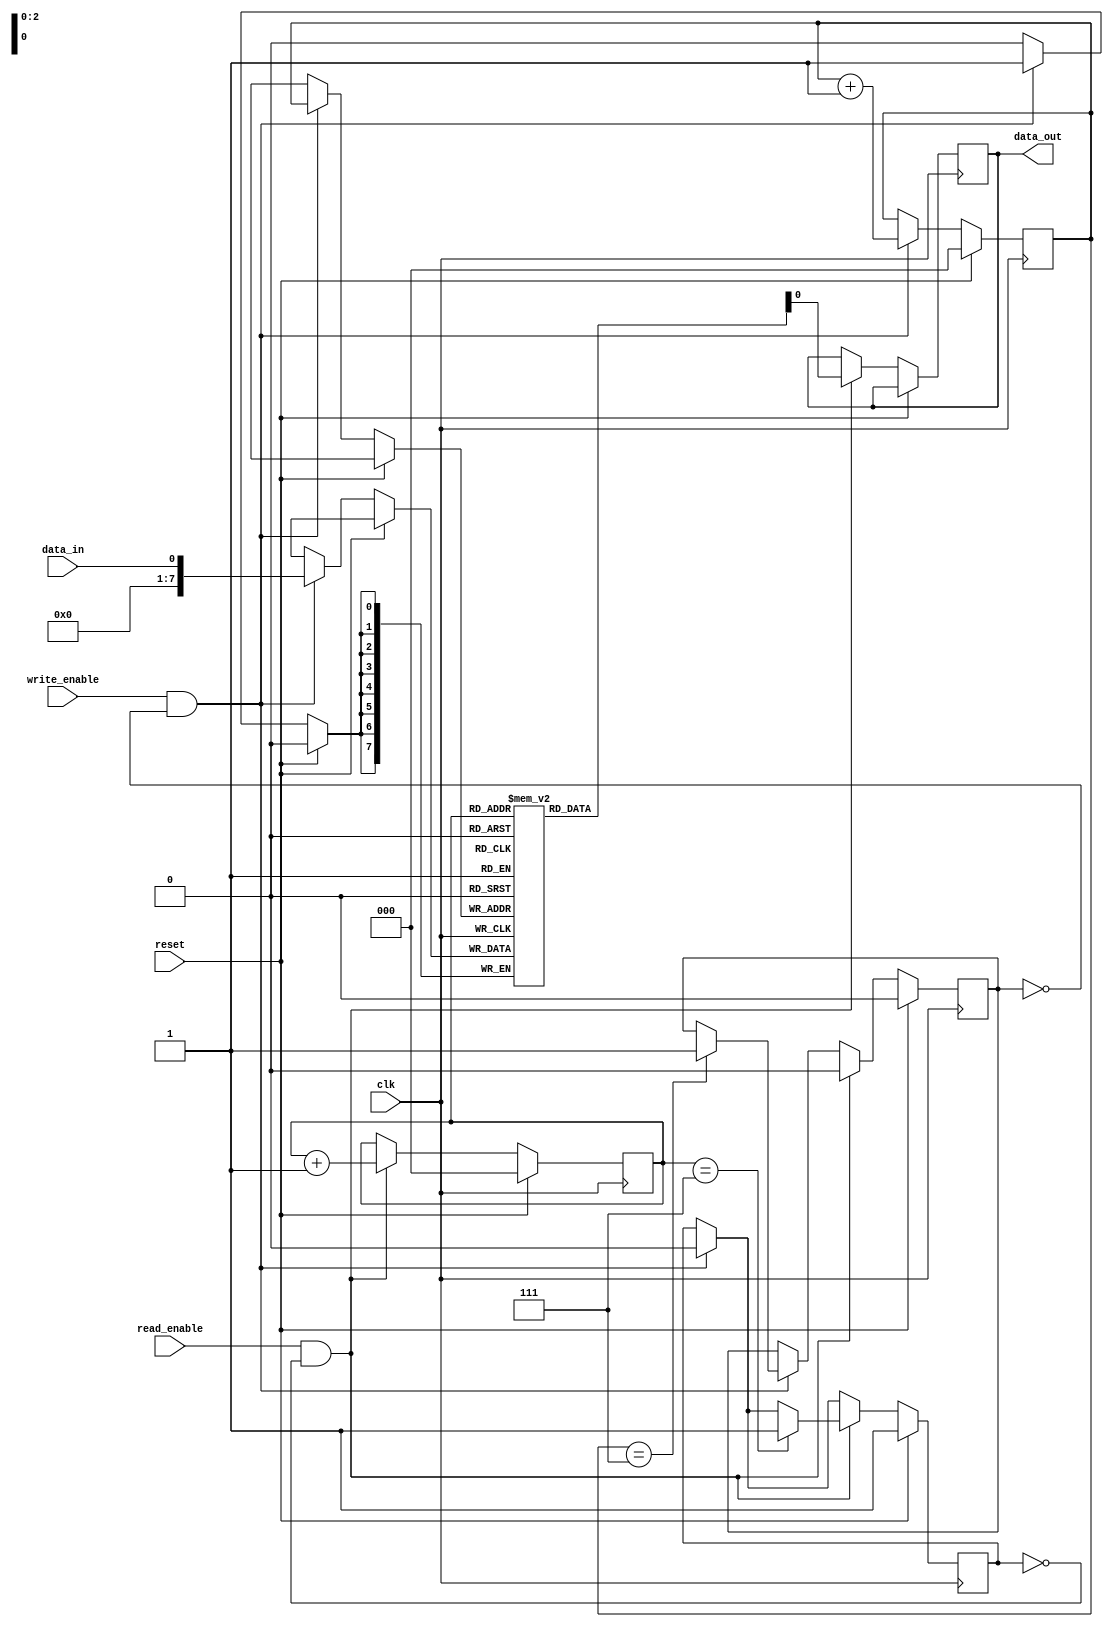
module Synchronous_FIFO(
    input wire clk,
    input wire reset,
    input wire write_enable,
    input wire read_enable,
    input wire data_in,
    output reg data_out
);

reg [7:0] fifo_buffer [0:7];
reg [2:0] wr_ptr, rd_ptr;
reg full, empty;

always @(posedge clk) begin
    if (reset) begin
        wr_ptr <= 0;
        rd_ptr <= 0;
        full <= 1'b0;
        empty <= 1'b1;
    end else begin
        if (write_enable && !full) begin
            fifo_buffer[wr_ptr] <= data_in;
            wr_ptr <= wr_ptr + 1;
            
            if (wr_ptr == 7)
                full <= 1'b1;
            
            empty <= 1'b0;
        end
        
        if (read_enable && !empty) begin
            data_out <= fifo_buffer[rd_ptr];
            rd_ptr <= rd_ptr + 1;
            
            if (rd_ptr == 7)
                empty <= 1'b1;
            
            full <= 1'b0;
        end
    end
end

endmodule